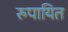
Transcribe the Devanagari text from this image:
रुपायित